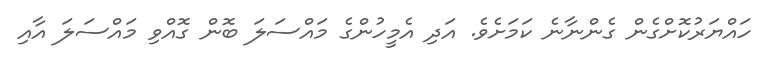
ހައްޔަރުކޮށްގެން ގެންނާނެ ކަމަށެވެ. އަދި އެމީހުންގެ މައްސަލަ ބޮން ގޮއްވި މައްސަލަ އާއި